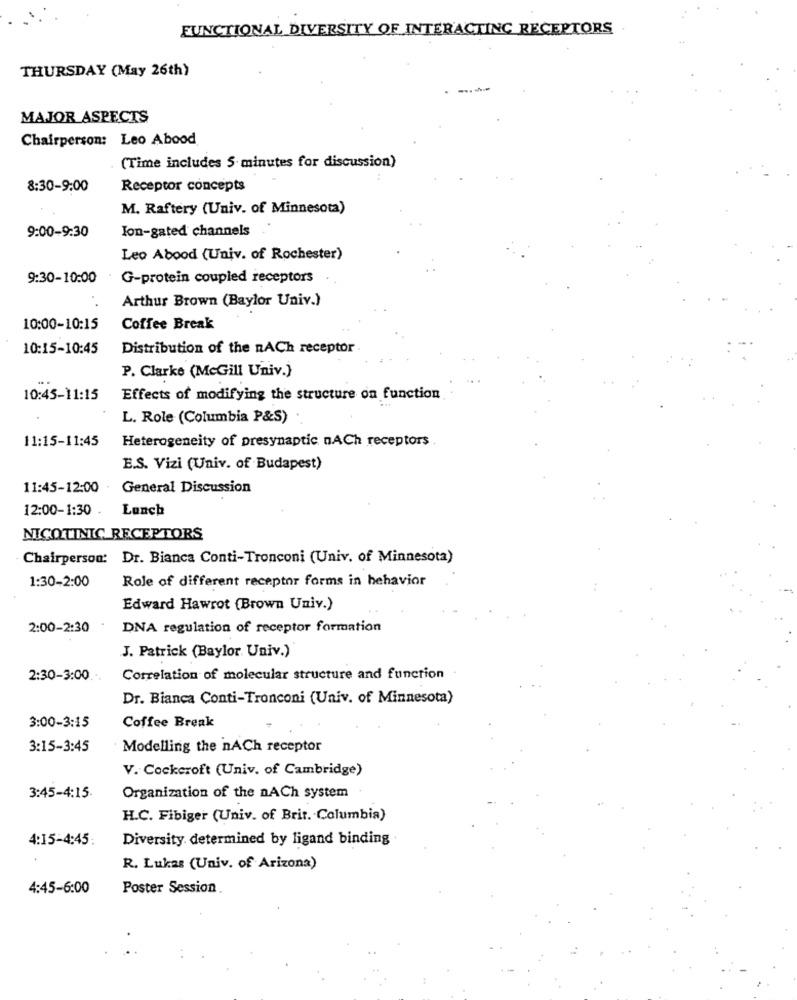
FUNCTIONAL DIVERSITY OF INTERACTING RECEPTORS
THURSDAY (May 26th)
MAJOR ASPECTS
Chairperson: Leo Abood
(Time includes 5 minutes for discussion)
8:30-9:00
Receptor concepts
M. Raftery (Univ. of Minnesota)
9:00-9:30
Ion-gated channels
Leo Abood (Univ. of Rochester)
9:30-10:00
G-protein coupled receptors
Arthur Brown (Baylor Univ.)
10:00-10:15
Coffee Break
10:15-10:45
Distribution of the nACh receptor
P. Clarke (McGill Univ.)
10:45-11:15
Effects of modifying the structure on function
L. Role (Columbia P&S)
11:15-11:45
Heterogeneity of presynaptic nACh receptors
E.S. Vizi (Univ. of Budapest)
11:45-12:00 - General Discussion
12:00-1:30
Lunch
NICOTINIC RECEPTORS
Chairperson: Dr. Bianca Conti-Tronconi (Univ. of Minnesota)
1:30-2:00
Role of different receptor forms in behavior
Edward Hawrot (Brown Univ.)
2:00-2:30
DNA regulation of receptor formation
J. Patrick (Baylor Univ.)
2:30-3:00
Correlation of molecular structure and function
Dr. Bianca Conti-Tronconi (Univ. of Minnesota)
Coffee Break
3:00-3:15
3:15-3:45
Modelling the nACh receptor
V. Cockcroft (Univ. of Cambridge)
3:45-4:15.
Organization of the nACh system
H.C. Fibiger (Univ. of Brit. Columbia)
4:15-4:45:
Diversity determined by ligand binding
R. Lukas (Univ. of Arizona)
4:45-6:00
Poster Session.